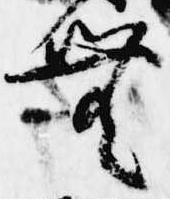
無